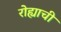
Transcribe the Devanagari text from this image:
रोह्याची